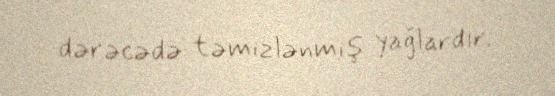
dərəcədə təmizlənmiş yağlardır.